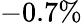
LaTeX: -0.7\%